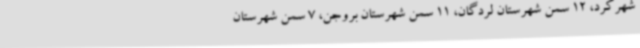
شهرکرد، 12 سمن شهرستان لردگان، 11 سمن شهرستان بروجن، 7 سمن شهرستان